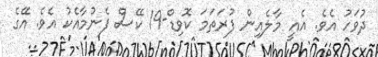
ދުވަހު އެވެ. އެއީ މާލެއިން ފުރަތަމަ ކޮވިޑް-19 ކޭސް ފެނުމާއެކު އެވެ. އޭގެ